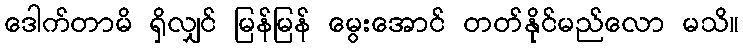
ဒေါက်တာမိ ရှိလျှင် မြန်မြန် မွေးအောင် တတ်နိုင်မည်လော မသိ။